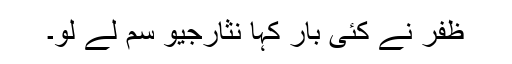
ظفر نے کئی بار کہا نثارجیو سم لے لو۔